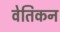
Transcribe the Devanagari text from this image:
वेतिकन